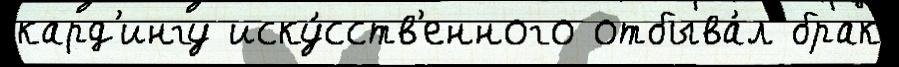
кард'ингу иску́сств'енного отбыва́л брак